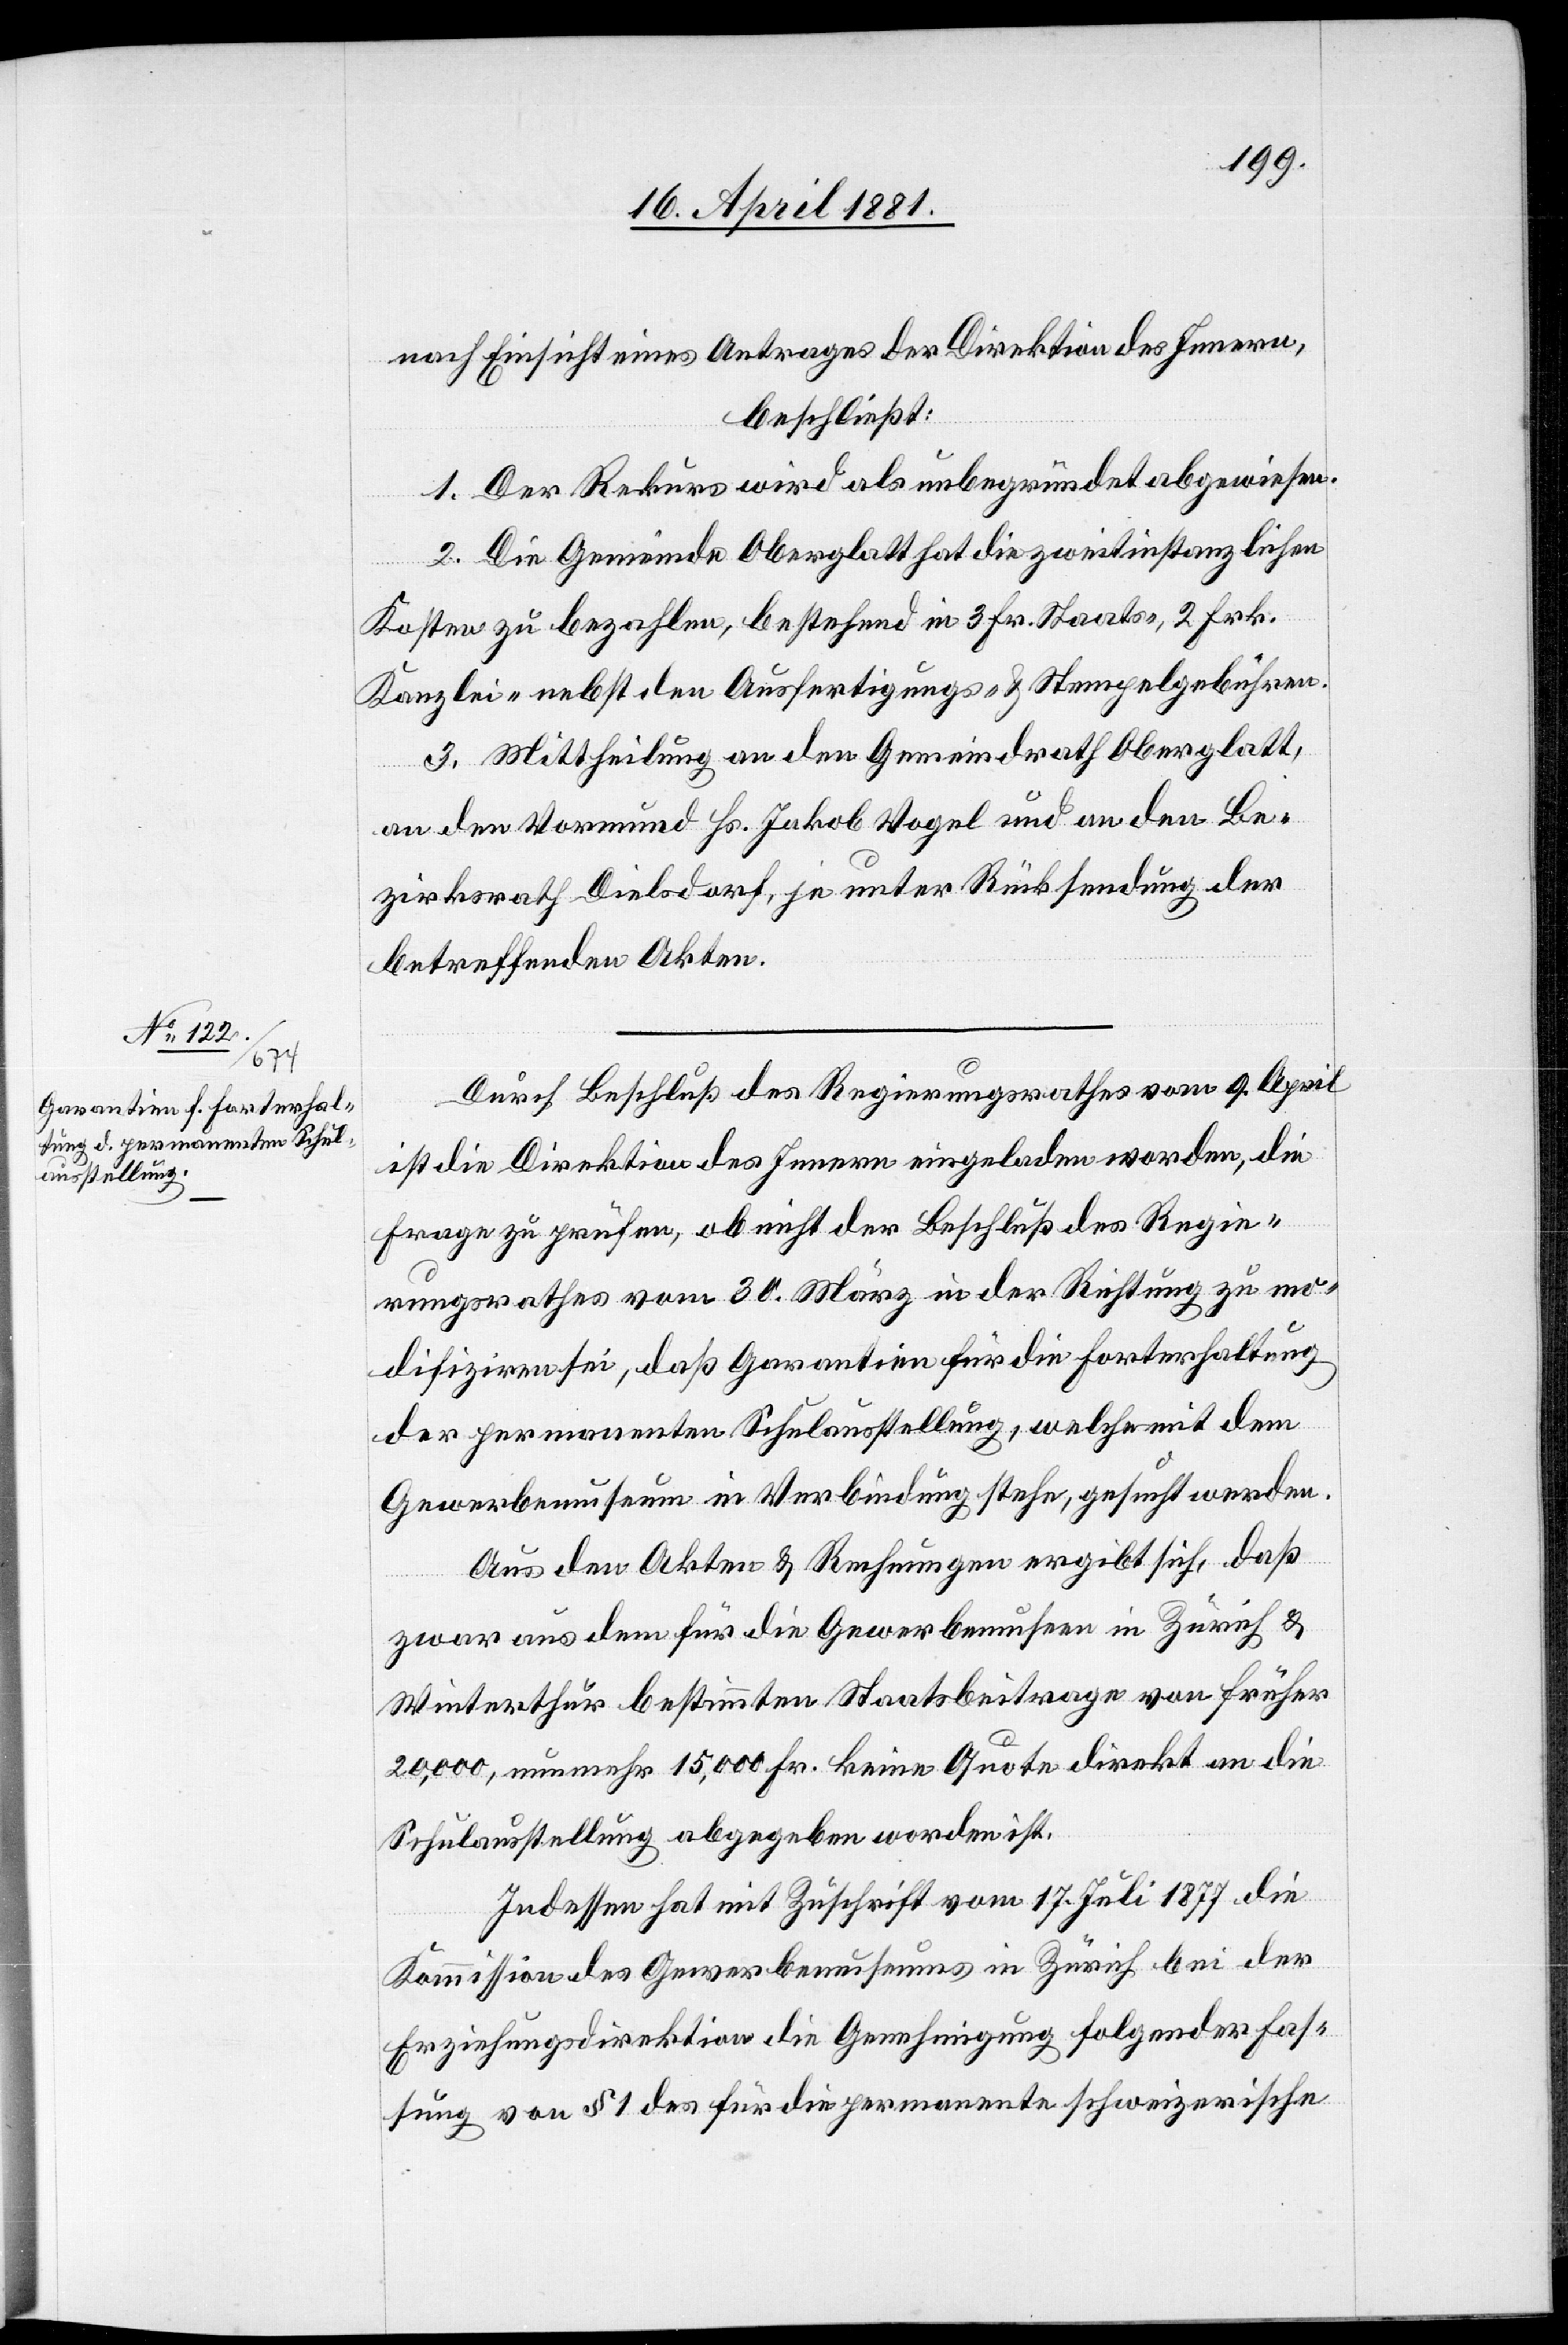
nach Einsicht eines Antrages der Direktion des Innern,
beschließt:
1. Der Rekurs wird als unbegründet abgewiesen.
2. Die Gemeinde Oberglatt hat die zweitinstanzlichen
Kosten zu bezahlen, bestehend in 3 Fr. Staats, 2 Frk.
Kanzlei- nebst den Ausfertigungs- & Stempelgebühren.
3. Mittheilung an den Gemeindrath Oberglatt,
an den Vormund Hs. Jakob Vogel und an den Be¬
zirksrath Dielsdorf, je unter Rücksendung der
betreffenden Akten.
Durch Beschluß des Regierungsrathes vom 9. April
ist die Direktion des Innern eingeladen worden, die
Frage zu prüfen, ob nicht der Beschluß des Regie¬
rungsrathes vom 30. März in der Richtung zu mo¬
difiziren sei, daß Garantien für die Forterhaltung
der permanenten Schulausstellung, welche mit dem
Gewerbemuseum in Verbindung stehe, gesucht werden.
Aus den Akten & Rechnungen ergibt sich, daß
zwar aus dem für die Gewerbemuseen in Zürich &
Winterthur bestimmten Staatsbeitrage von früher
20,000, nunmehr 15,000 keine Quote direkt an die
Schulausstellung abgegeben worden ist.
Indessen hat mit Zuschrift vom 17. Juli 1877 die
Kommission des Gewerbemuseums in Zürich bei der
Erziehungsdirektion die Genehmigung folgender Fas¬
sung von § 1 des für die permanente schweizerische